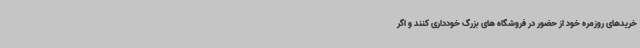
خریدهای روزمره خود از حضور در فروشگاه های بزرگ خودداری کنند و اگر